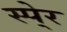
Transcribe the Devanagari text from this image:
स्पे्र